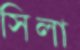
সিলা